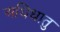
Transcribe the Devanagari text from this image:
अधिधातु